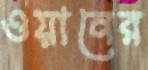
ওয়ানের